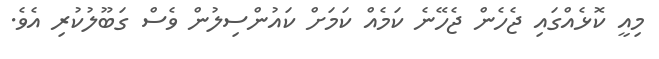
މިއީ ކޮޅެއްގައި ޖެހެން ޖެހޭނެ ކަމެއް ކަމަށް ކައުންސިލުން ވެސް ގަބޫލުކުރި އެވެ.